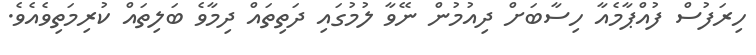
ހިރަފުސް ފުއްޕާމެއާ ހިސާބަށް ދިއުމުން ނޭވާ ލުމުގައި ދަތިތައް ދިމާވެ ބަލިތައް ކުރިމަތިވެއެވެ.